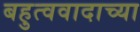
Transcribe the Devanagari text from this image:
बहुत्ववादाच्या